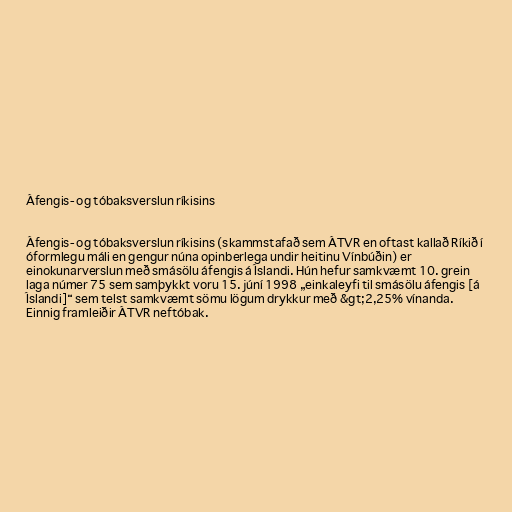
Áfengis- og tóbaksverslun ríkisins

Áfengis- og tóbaksverslun ríkisins (skammstafað sem ÁTVR en oftast kallað Ríkið í
óformlegu máli en gengur núna opinberlega undir heitinu Vínbúðin) er
einokunarverslun með smásölu áfengis á Íslandi. Hún hefur samkvæmt 10. grein
laga númer 75 sem samþykkt voru 15. júní 1998 „einkaleyfi til smásölu áfengis [á
Íslandi]“ sem telst samkvæmt sömu lögum drykkur með &gt;2,25% vínanda.
Einnig framleiðir ÁTVR neftóbak.